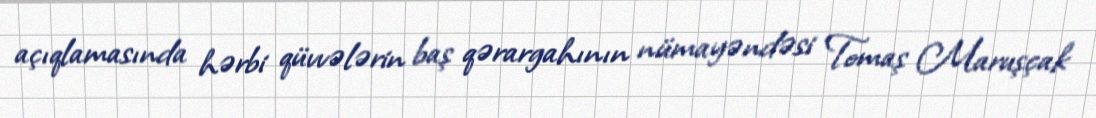
açıqlamasında hərbi qüvvələrin baş qərargahının nümayəndəsi Tomaş Maruşçak